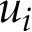
u _ { i }